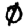
Digit: 0